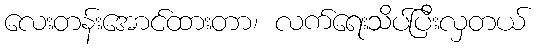
လေးတန်းအောင်ထားတာ၊ လက်ရေးသိပ်ပြီးလှတယ်